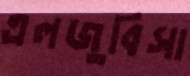
এলজুবিসা